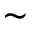
\sim